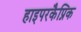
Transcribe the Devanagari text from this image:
हाइपरकैप्निक